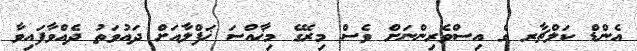
އެންޑް ކަލްޗާރ ގެ އިސްވެރިންނަށް ވެސް މިރޭގެ މިޚާއްސަ ޚަފްލާއަށް ދައުވަތު ދެއްވާފައިވާ